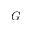
G